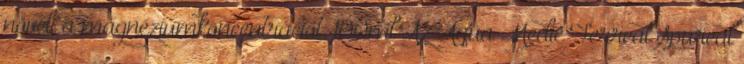
növeli a magnéziumkoncentrációt. 100ml Az Aqua Medic Ferreal Spureal